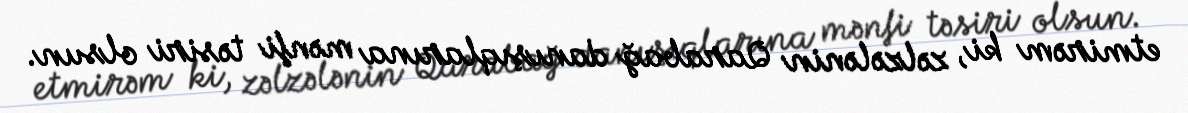
etmirəm ki, zəlzələnin Qarabağ danışıqlarına mənfi təsiri olsun.